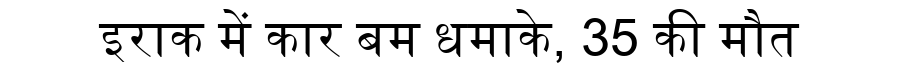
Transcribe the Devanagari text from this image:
इराक में कार बम धमाके, 35 की मौत